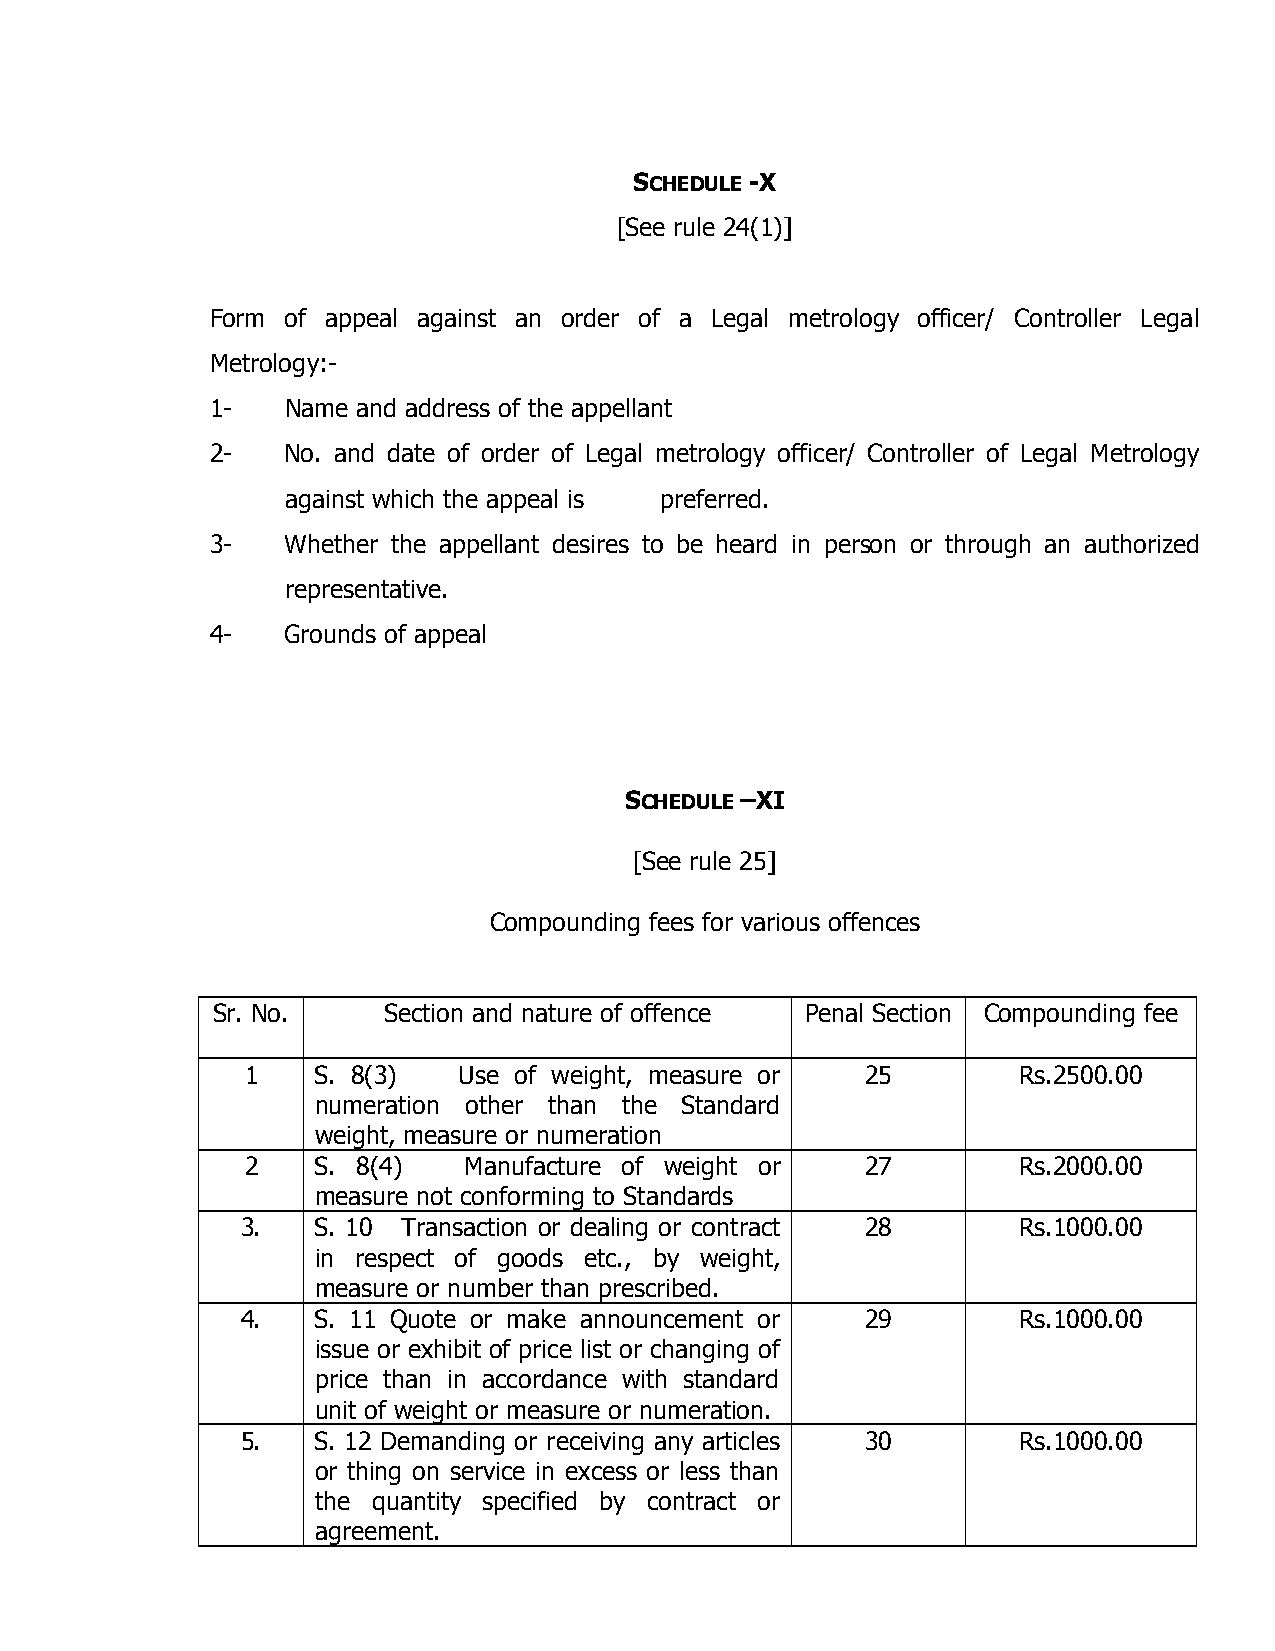
SCHEDULE -X
 [See rule 24(1)]
 Form of appeal against an order of a Legal metrology officer/ Controller Legal
 Metrology:-
 1-   Name and address of the appellant
 2-   No. and date of order of Legal metrology officer/ Controller of Legal Metrology
 against which the appeal is preferred.
 3-   Whether the appellant desires to be heard in person or through an authorized
 representative.
 4-   Grounds of appeal
 SCHEDULE –XI
 [See rule 25]
 Compounding fees for various offences
 Sr. No.    Section and nature of offence Penal Section Compounding fee
 1    S. 8(3)  Use of weight, measure or  25        Rs.2500.00
 numeration other than the Standard
 weight, measure or numeration
 2    S. 8(4)   Manufacture of weight or  27        Rs.2000.00
 measure not conforming to Standards
 3.   S. 10 Transaction or dealing or contract 28   Rs.1000.00
 in respect of goods etc., by weight,
 measure or number than prescribed.
 4.   S. 11 Quote or make announcement or 29        Rs.1000.00
 issue or exhibit of price list or changing of
 price than in accordance with standard
 unit of weight or measure or numeration.
 5.   S. 12 Demanding or receiving any articles 30  Rs.1000.00
 or thing on service in excess or less than
 the quantity specified by contract or
 agreement.